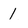
Character: 1